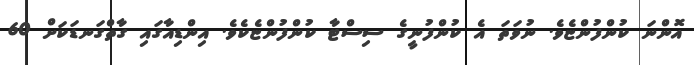
އޮންނަ ކުންފުންޏެވެ. ނުވަތަ އެ ކުންފުނީގެ ސިސްޓާ ކުންފުންޏެކެވެ. އިންޑިއާގައި ގާތްގަނޑަކަށް 60